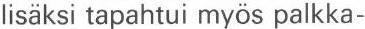
lisäksi tapahtui myös palkka-